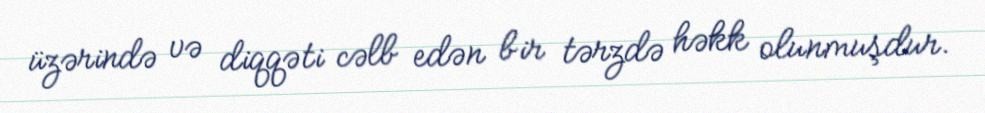
üzərində və diqqəti cəlb edən bir tərzdə həkk olunmuşdur.